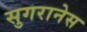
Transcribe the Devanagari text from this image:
सुगरानेस